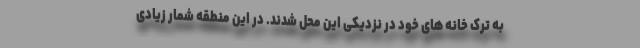
به ترک خانه های خود در نزدیکی این محل شدند. در این منطقه شمار زیادی